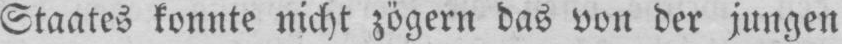
Staates konnte nicht zögern das von der jungen